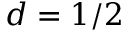
d = 1 / 2